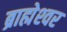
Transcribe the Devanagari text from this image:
ब्राह्मेश्‍वर